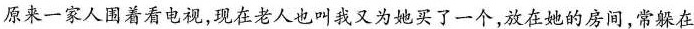
原来一家人围着看电视，现在老人也叫我又为她买了一个，放在她的房间，常躲在